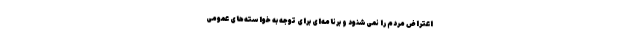
اعتراض مردم را نمی‌شنود و برنامه‌ای برای توجه به خواسته‌های عمومی